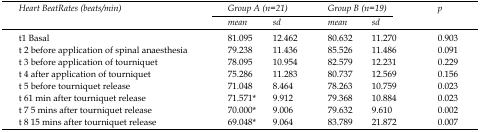
<table><thead><tr><td rowspan="2"><b>Heart Beat Rates (beats/min)</b></td><td colspan="2"><b>Group A (n=21)</b></td><td colspan="2"><b>Group B (n=19)</b></td><td rowspan="2"><b>p</b></td></tr><tr><td><b>mean</b></td><td><b>sd</b></td><td><b>mean</b></td><td><b>sd</b></td></tr></thead><tbody><tr><td>t1 Basal</td><td>81.095</td><td>12.462</td><td>80.632</td><td>11.270</td><td>0.903</td></tr><tr><td>t 2 before application of spinal anaesthesia</td><td>79.238</td><td>11.436</td><td>85.526</td><td>11.486</td><td>0.091</td></tr><tr><td>t 3 before application of tourniquet</td><td>78.095</td><td>10.954</td><td>82.579</td><td>12.231</td><td>0.229</td></tr><tr><td>t 4 after application of tourniquet</td><td>75.286</td><td>11.283</td><td>80.737</td><td>12.569</td><td>0.156</td></tr><tr><td>t 5 before tourniquet release</td><td>71.048</td><td>8.464</td><td>78.263</td><td>10.759</td><td>0.023</td></tr><tr><td>t 61 min after tourniquet release</td><td>71.571*</td><td>9.912</td><td>79.368</td><td>10.884</td><td>0.023</td></tr><tr><td>t 7 5 mins after tourniquet release</td><td>70.000*</td><td>9.006</td><td>79.632</td><td>9.610</td><td>0.002</td></tr><tr><td>t 8 15 mins after tourniquet release</td><td>69.048*</td><td>9.064</td><td>83.789</td><td>21.872</td><td>0.007</td></tr></tbody></table>